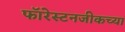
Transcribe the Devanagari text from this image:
फॉरेस्टनजीकच्या